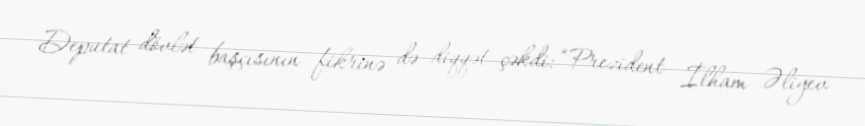
Deputat dövlət başçısının fikrinə də diqqət çəkdi: “Prezident İlham Əliyev